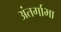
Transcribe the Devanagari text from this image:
अंतर्गाभा